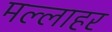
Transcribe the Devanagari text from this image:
मल्लाहर